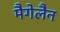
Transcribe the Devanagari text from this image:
मैगेलैन